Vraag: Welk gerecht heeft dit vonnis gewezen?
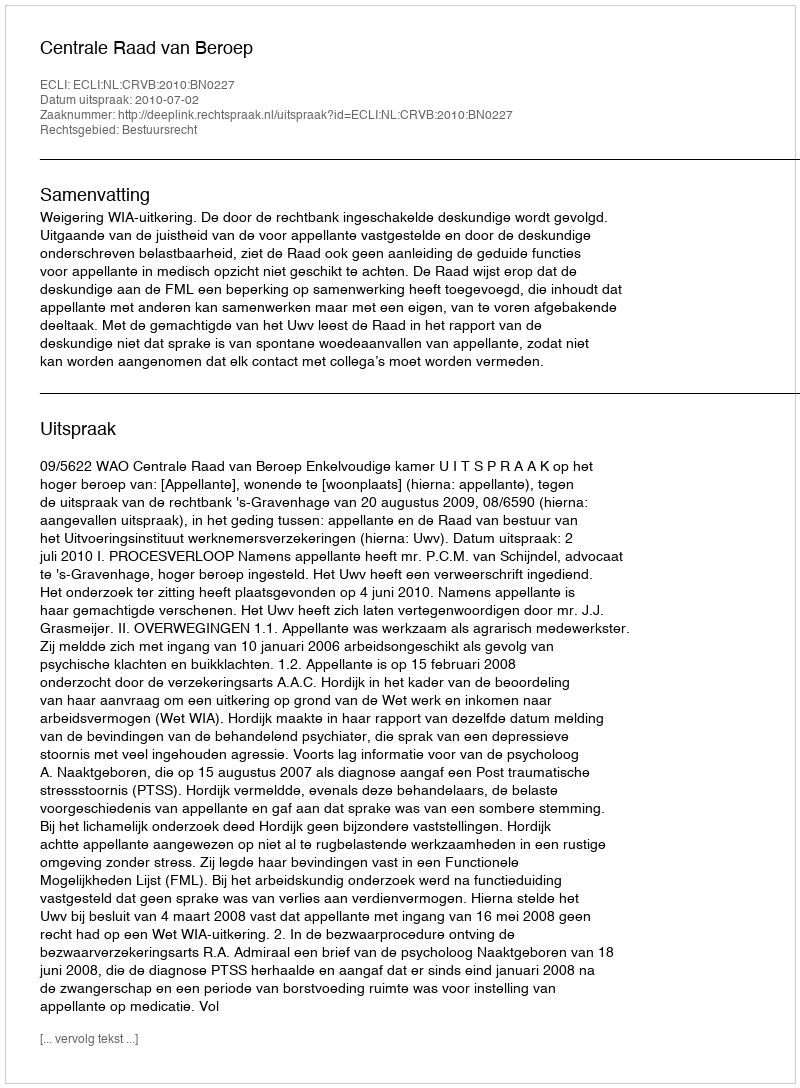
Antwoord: Centrale Raad van Beroep